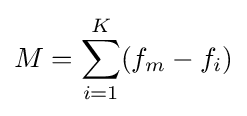
M=\sum _{i=1}^{K}(f_{m}-f_{i})